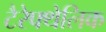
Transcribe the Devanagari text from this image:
टैरेफ्थेलिक